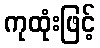
ကုထုံးဖြင့်